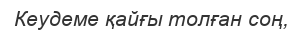
Кеудеме қайғы толған соң,